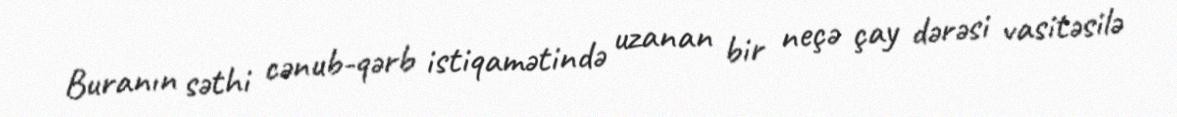
Buranın səthi cənub-qərb istiqamətində uzanan bir neçə çay dərəsi vasitəsilə